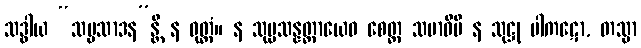
သဒ္ဓါယ “သမ္ပသာဒန”န္တိ န ဝုတ္တံ။ န သုပ္ပသန္နတ္တာယေဝ စေတ္ထ သမာဓိပိ န သုဋ္ဌု ပါကဋော, တသ္မာ